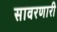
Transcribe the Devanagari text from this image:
सावरणारी